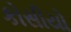
કોસીયો